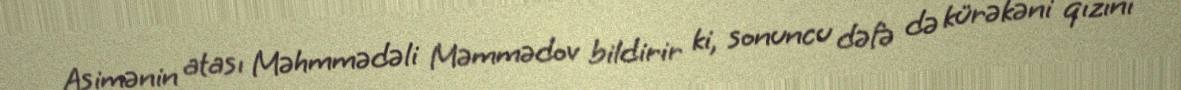
Asimənin atası Məhmmədəli Məmmədov bildirir ki, sonuncu dəfə də kürəkəni qızını